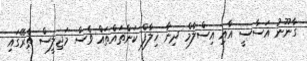
ގާނޫނު އަސާސީ އާއި އިސްލާމް ދިނާ ޚިލާފް ކަންތައްތައް ވެސް މަޖިލީސް ތެރޭގައި